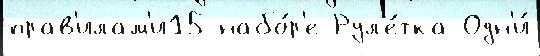
прав'илам'и15 набо́р'е Рул'е́тка Одн'и́